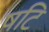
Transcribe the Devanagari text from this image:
षटि